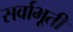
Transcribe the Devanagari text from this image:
सर्वाभूतीं